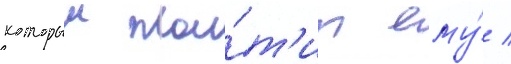
которыи пла́т'ит ему́ /